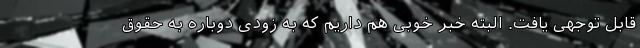
قابل توجهی یافت. البته خبر خوبی هم داریم که به زودی دوباره به حقوق